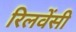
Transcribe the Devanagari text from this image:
रिलवेंसी